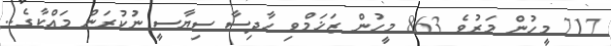
717 މީހުން މަރުވެ 863 މީހުން ޒަޚަމްވި ހާދިސާ ސިޔާސީ ނުކުރަން މައްކާގެ..